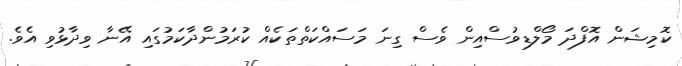
ކޮމިޝަން އޮފްދަ މޯލްޑިވުސްއިން ވެސް ގިނަ މަސައްކަތްތަކެއް ކުރަމުންދާކަމުގައި އޭނާ ވިދާޅުވި އެވެ.